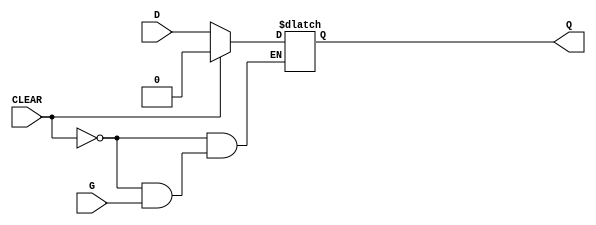
`ifdef verilator3
`else
`timescale 1 ps / 1 ps
`endif
//
// DLNC primitive for Gowin FPGAs
// Compatible with Verilator tool (www.veripool.org)
// Copyright (c) 2022 Frdric REQUIN
// License : BSD
//

module DLNC
#(
    parameter INIT = 1'b0
)
(
    input  CLEAR,
    input  G,
    input  D,
    output Q
);

    reg _l_Q;

    initial begin
        _l_Q = INIT;
    end

    always @(CLEAR or G or D) begin
    
        if (CLEAR) begin
	        _l_Q = 1'b0;
        end
        else if (~G) begin
	        _l_Q = D;
        end
    end

    assign Q = _l_Q;

endmodule